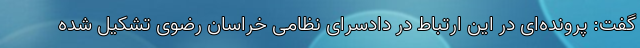
گفت: پرونده‌ای در این ارتباط در دادسرای نظامی خراسان رضوی تشکیل شده